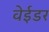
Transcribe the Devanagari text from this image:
वेईडर